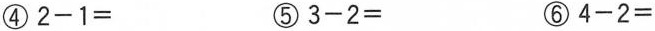
④$$2-1=$$ ⑤$$3-2=$$ ⑥$$4-2=$$